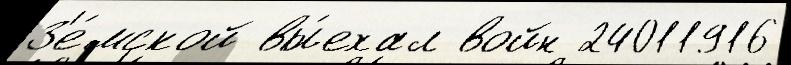
З'е́мской вы́ехал войн 24011916